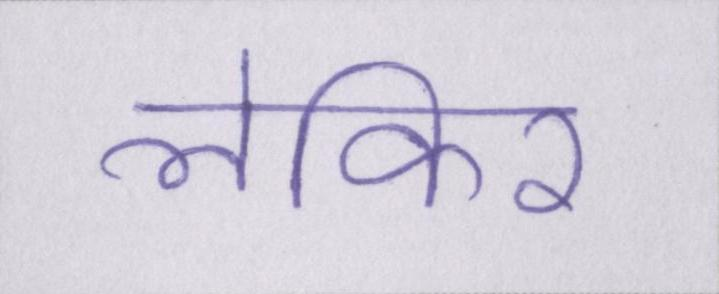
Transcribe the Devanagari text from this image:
लेकिर